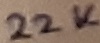
Text: 22K